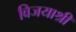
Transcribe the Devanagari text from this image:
विजयाश्री